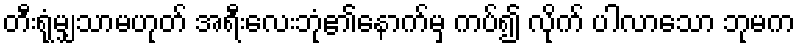
တီးရုံမျှသာမဟုတ် အရီးလေးဘုံ၏နောက်မှ ကပ်၍ လိုက် ပါလာသော ဘုမက